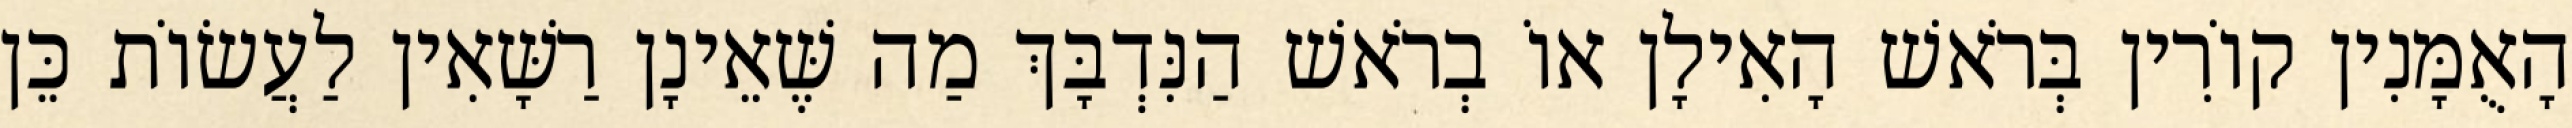
הָאֻמָּנִין קוֹרִין בְּרֹאשׁ הָאִילָן אוֹ בְרֹאשׁ הַנִּדְבָּךְ מַה שֶּׁאֵינָן רַשָּׁאִין לַעֲשׂוֹת כֵּן